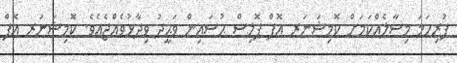
ފުރިހަމަ މިސާލެއްކަމަށް ކޮމިޝަނަރ އޮފް ޕޮލިސް ޙުސައިން ވަޙީދު ވިދާޅުވެއްޖެއެވެ. ކޮމިޝަނަރ އޮފް